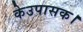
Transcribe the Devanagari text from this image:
केउपासक।